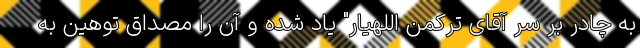
به چادر بر سر آقای ترکمن اللهیار" یاد شده و آن را مصداق توهین به